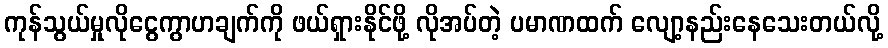
ကုန်သွယ်မှုလိုငွေကွာဟချက်ကို ဖယ်ရှားနိုင်ဖို့ လိုအပ်တဲ့ ပမာဏထက် လျော့နည်းနေသေးတယ်လို့